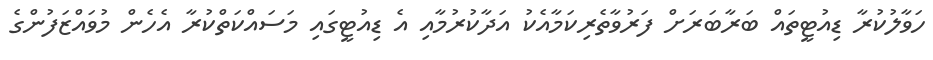
ހަވާލުކުރާ ޑިއުޓީތައް ބަރާބަރަށް ފަރުވާތެރިކަމާއެކު އަދާކުރުމާއި އެ ޑިއުޓީގައި މަސައްކަތްކުރާ އެހެން މުވައްޒަފުންގެ